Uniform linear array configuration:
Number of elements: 8
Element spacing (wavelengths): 1
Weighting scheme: uniform
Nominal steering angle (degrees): -30
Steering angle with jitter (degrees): -28.823
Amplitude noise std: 0.05
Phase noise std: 0.05

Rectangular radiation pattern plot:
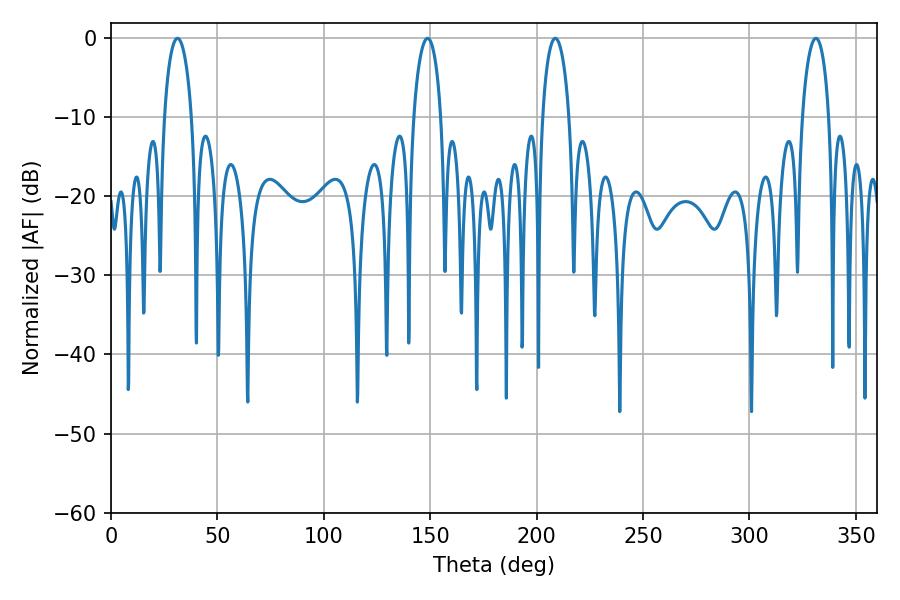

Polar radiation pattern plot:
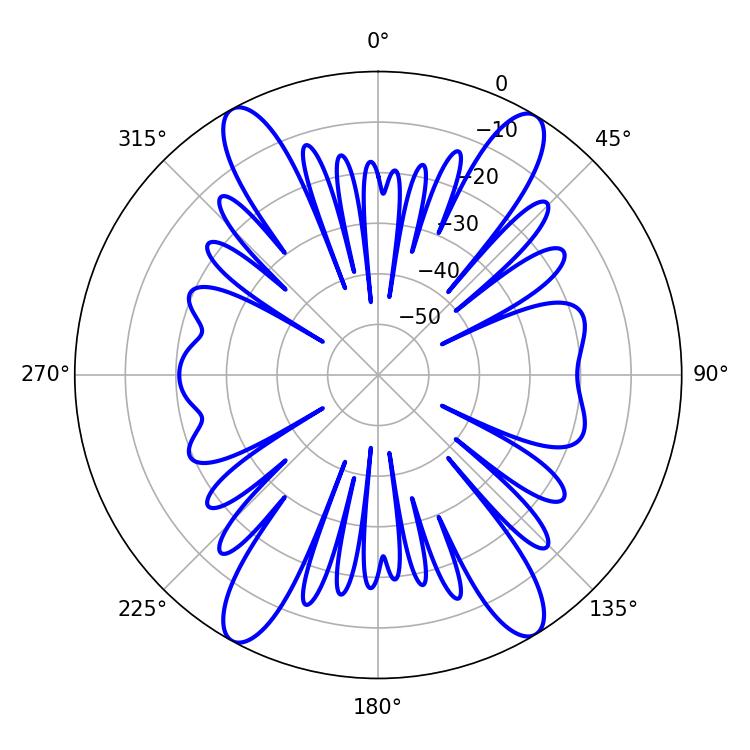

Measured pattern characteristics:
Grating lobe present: TRUE
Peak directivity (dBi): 20.117
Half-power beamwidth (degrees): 7.2
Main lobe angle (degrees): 208.8